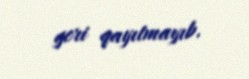
geri qayıtmayıb.